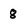
Character: 8